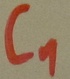
Text: C1